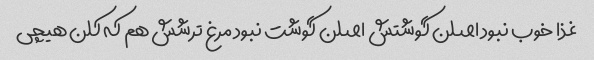
غذا خوب نبود اصلن گوشتش اصلن گوشت نبود مرغ ترشش هم که کلن هیچی